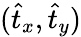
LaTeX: (\hat{t}_{x},\hat{t}_{y})